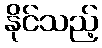
နိုင်သည့်